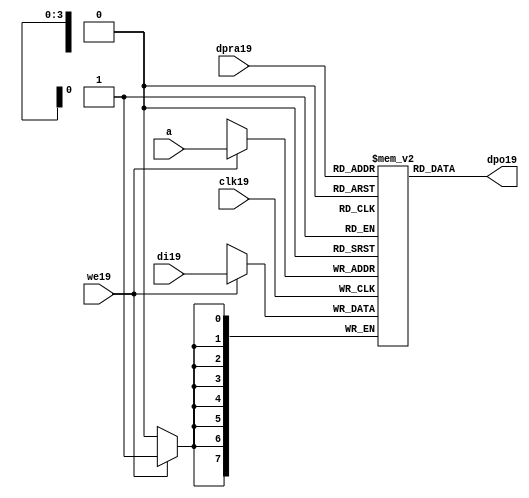
//////////////////////////////////////////////////////////////////////
////                                                              ////
////  raminfr19.v                                                   ////
////                                                              ////
////                                                              ////
////  This19 file is part of the "UART19 16550 compatible19" project19    ////
////  http19://www19.opencores19.org19/cores19/uart1655019/                   ////
////                                                              ////
////  Documentation19 related19 to this project19:                      ////
////  - http19://www19.opencores19.org19/cores19/uart1655019/                 ////
////                                                              ////
////  Projects19 compatibility19:                                     ////
////  - WISHBONE19                                                  ////
////  RS23219 Protocol19                                              ////
////  16550D uart19 (mostly19 supported)                              ////
////                                                              ////
////  Overview19 (main19 Features19):                                   ////
////  Inferrable19 Distributed19 RAM19 for FIFOs19                        ////
////                                                              ////
////  Known19 problems19 (limits19):                                    ////
////  None19                .                                       ////
////                                                              ////
////  To19 Do19:                                                      ////
////  Nothing so far19.                                             ////
////                                                              ////
////  Author19(s):                                                  ////
////      - gorban19@opencores19.org19                                  ////
////      - Jacob19 Gorban19                                          ////
////                                                              ////
////  Created19:        2002/07/22                                  ////
////  Last19 Updated19:   2002/07/22                                  ////
////                  (See log19 for the revision19 history19)          ////
////                                                              ////
////                                                              ////
//////////////////////////////////////////////////////////////////////
////                                                              ////
//// Copyright19 (C) 2000, 2001 Authors19                             ////
////                                                              ////
//// This19 source19 file may be used and distributed19 without         ////
//// restriction19 provided that this copyright19 statement19 is not    ////
//// removed from the file and that any derivative19 work19 contains19  ////
//// the original copyright19 notice19 and the associated disclaimer19. ////
////                                                              ////
//// This19 source19 file is free software19; you can redistribute19 it   ////
//// and/or modify it under the terms19 of the GNU19 Lesser19 General19   ////
//// Public19 License19 as published19 by the Free19 Software19 Foundation19; ////
//// either19 version19 2.1 of the License19, or (at your19 option) any   ////
//// later19 version19.                                               ////
////                                                              ////
//// This19 source19 is distributed19 in the hope19 that it will be       ////
//// useful19, but WITHOUT19 ANY19 WARRANTY19; without even19 the implied19   ////
//// warranty19 of MERCHANTABILITY19 or FITNESS19 FOR19 A PARTICULAR19      ////
//// PURPOSE19.  See the GNU19 Lesser19 General19 Public19 License19 for more ////
//// details19.                                                     ////
////                                                              ////
//// You should have received19 a copy of the GNU19 Lesser19 General19    ////
//// Public19 License19 along19 with this source19; if not, download19 it   ////
//// from http19://www19.opencores19.org19/lgpl19.shtml19                     ////
////                                                              ////
//////////////////////////////////////////////////////////////////////
//
// CVS19 Revision19 History19
//
// $Log: not supported by cvs2svn19 $
// Revision19 1.1  2002/07/22 23:02:23  gorban19
// Bug19 Fixes19:
//  * Possible19 loss of sync and bad19 reception19 of stop bit on slow19 baud19 rates19 fixed19.
//   Problem19 reported19 by Kenny19.Tung19.
//  * Bad (or lack19 of ) loopback19 handling19 fixed19. Reported19 by Cherry19 Withers19.
//
// Improvements19:
//  * Made19 FIFO's as general19 inferrable19 memory where possible19.
//  So19 on FPGA19 they should be inferred19 as RAM19 (Distributed19 RAM19 on Xilinx19).
//  This19 saves19 about19 1/3 of the Slice19 count and reduces19 P&R and synthesis19 times.
//
//  * Added19 optional19 baudrate19 output (baud_o19).
//  This19 is identical19 to BAUDOUT19* signal19 on 16550 chip19.
//  It outputs19 16xbit_clock_rate - the divided19 clock19.
//  It's disabled by default. Define19 UART_HAS_BAUDRATE_OUTPUT19 to use.
//

//Following19 is the Verilog19 code19 for a dual19-port RAM19 with asynchronous19 read. 
module raminfr19   
        (clk19, we19, a, dpra19, di19, dpo19); 

parameter addr_width19 = 4;
parameter data_width19 = 8;
parameter depth = 16;

input clk19;   
input we19;   
input  [addr_width19-1:0] a;   
input  [addr_width19-1:0] dpra19;   
input  [data_width19-1:0] di19;   
//output [data_width19-1:0] spo19;   
output [data_width19-1:0] dpo19;   
reg    [data_width19-1:0] ram19 [depth-1:0]; 

wire [data_width19-1:0] dpo19;
wire  [data_width19-1:0] di19;   
wire  [addr_width19-1:0] a;   
wire  [addr_width19-1:0] dpra19;   
 
  always @(posedge clk19) begin   
    if (we19)   
      ram19[a] <= di19;   
  end   
//  assign spo19 = ram19[a];   
  assign dpo19 = ram19[dpra19];   
endmodule